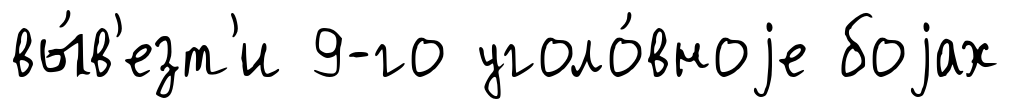
вы́в'езт'и 9-го уголо́вноjе боjах